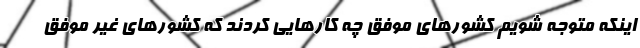
اینکه متوجه شویم کشورهای موفق چه کارهایی کردند که کشورهای غیر موفق